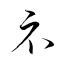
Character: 礻